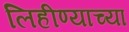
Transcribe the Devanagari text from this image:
लिहीण्याच्या